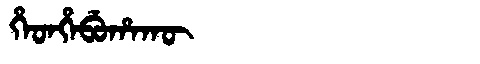
Manchu: ᡥᡝᡨᡥᡝᠪᡠᡥᠠᡴᡡ
Romanization: HETHEBUHAKŪ